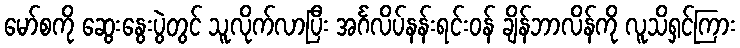
မော်စကို ဆွေးနွေးပွဲတွင် သူလိုက်လာပြီး အင်္ဂလိပ်နန်းရင်းဝန် ချိန်ဘာလိန်ကို လူသိရှင်ကြား